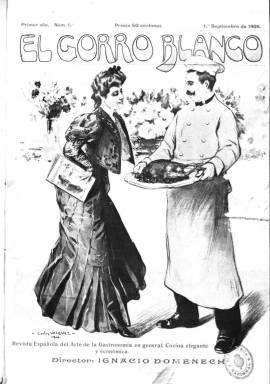
Título: El Gorro blanco
Otros títulos: Revista profesional de cocina, <1945-1946>
Colección: Cocina
Ámbito geográfico: Madrid
Lugar de publicación: Madrid
Fechas: 01/09/1906-31/03/1946

Dirigida a los profesionales de la cocina, se trata de una de las revistas culinarias más importantes de la primera mitad del siglo XX en la que colaboraron los mejores gastrónomos y cocineros de la época.

    Con el largo subtítulo ‘Revista española del arte de la gastronomía en general, cocina elegante y económica’, la publicación fue fundada en 1906 por Ignacio Doménech, quien había fundado y dirigido poco antes  La Cocina Elegante.

   El Gorro Blanco tuvo dos épocas, la primera en Madrid hasta el año 1921 y luego en Barcelona hasta 1946. La BNE sólo conserva tres de los últimos números de esta segunda etapa.

    Con periodicidad mensual y veinte páginas por número en su primera etapa, la revista ofrecía en sus primeras páginas un sumario cuya lectura informa con brevedad y exactitud del contenido de cada entrega. Así  en el primer número podemos  ver los diferentes epígrafes dedicados a las Salsas y sus variadas maneras de prepararlas; Pastelería; Platos de Cocina Económica; Sopas; y Licores y Refrescos.

   Espigando recetas de uno y otro apartado podemos leer platos tan sugerentes como Lubina a la Pérez Galdós; Huevos escalfados a la Hernán Cortés; Bacalao a la Numancia o Consomé Carmencita. Por otro lado, en los números 9 y 10 hay una crónica sobre la alimentación vegetal que puede ser muy del gusto vegetariano actual.
    En la revista colaboraron primeros espadas de la cocina española como Teodoro Bardají, considerado por algunos autores como el padre de la gastronomía española moderna, entre otras cosas por su lucha por evitar la influencia de la cocina francesa y su terminología; y, entre otros, Loreto Capella y Félix Ibarguren, quienes fundaron la primera academia de cocina en España en 1901.

   El fundador y director de El Gorro Blanco, Ignacio Doménech, es uno de los autores de libros de gastronomía más prolijos, pero su obra más recordada es ‘Cocina de recursos’, publicada en 1941 y reeditada en 2011. La razón de su éxito es que se trata de un recetario escrito en Barcelona  en plena Guerra Civil española y está repleto de ideas para remediar la escasez. Así, podemos aprender a cómo hacer una tortilla sin huevos o un puré de vainas de guisantes, y a no desperdiciar las mondaduras de patata.

   Doménech recorrió todo tipo de locales de comida de Barcelona durante la guerra y dejó constancia de la infinidad de recursos imaginativos para matar el hambre, con platos como girasoles rebozados o pétalos de rosa con leche y miel.

[Descripción publicada el 15/03/2019]